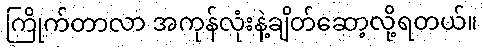
ကြိုက်တာလာ အကုန်လုံးနဲ့ချိတ်ဆော့လို့ရတယ်။